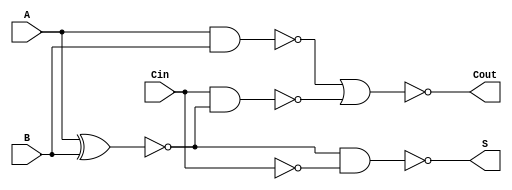
module Negative_Circuit_Full_Adder (
    input wire A,       // First input bit
    input wire B,       // Second input bit
    input wire Cin,     // Carry-in bit
    output wire S,      // Sum output
    output wire Cout    // Carry-out output
);

// Internal wires for intermediate signals
wire A_XOR_B;
wire A_AND_B;
wire Cin_AND_A_XOR_B;

// Calculate A XOR B
assign A_XOR_B = ~(A ^ B);

// Calculate A AND B
assign A_AND_B = ~(A & B);

// Calculate Cin AND (A XOR B)
assign Cin_AND_A_XOR_B = ~(Cin & A_XOR_B);

// Calculate negative sum output
assign S = ~(A_XOR_B & ~Cin); // S = ~(A XOR B XOR Cin)

// Calculate negative carry-out output
assign Cout = ~(A_AND_B | Cin_AND_A_XOR_B); // Cout = ~(A AND B OR (Cin AND (A XOR B)))

endmodule